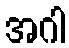
အဂါ